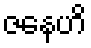
ဇနေဟိ